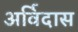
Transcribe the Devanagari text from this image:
अर्विदास